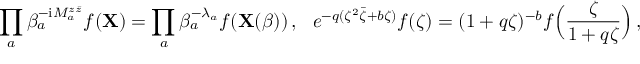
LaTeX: \! \! \prod _ { a } \beta _ { a } ^ { - \mathrm { i } M _ { a } ^ { z \bar { z } } } f ( { \bf X } ) = \prod _ { a } \beta _ { a } ^ { - \lambda _ { a } } f ( { \bf X } ( \beta ) ) \, , \quad \! \! e ^ { - q ( \zeta ^ { 2 } \bar { \zeta } + b \zeta ) } f ( \zeta ) = ( 1 + q \zeta ) ^ { - b } f \Bigl ( \frac { \zeta } { 1 + q \zeta } \Bigr ) \, ,